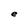
Character: e